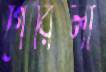
গেরিলা